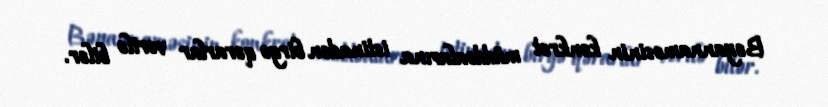
Bəyannaməsinin konkret müddəalarına istinadən birgə qərarlar verilə bilər.